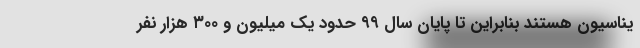
یناسیون هستند بنابراین تا پایان سال ۹۹ حدود یک میلیون و ۳۰۰ هزار نفر